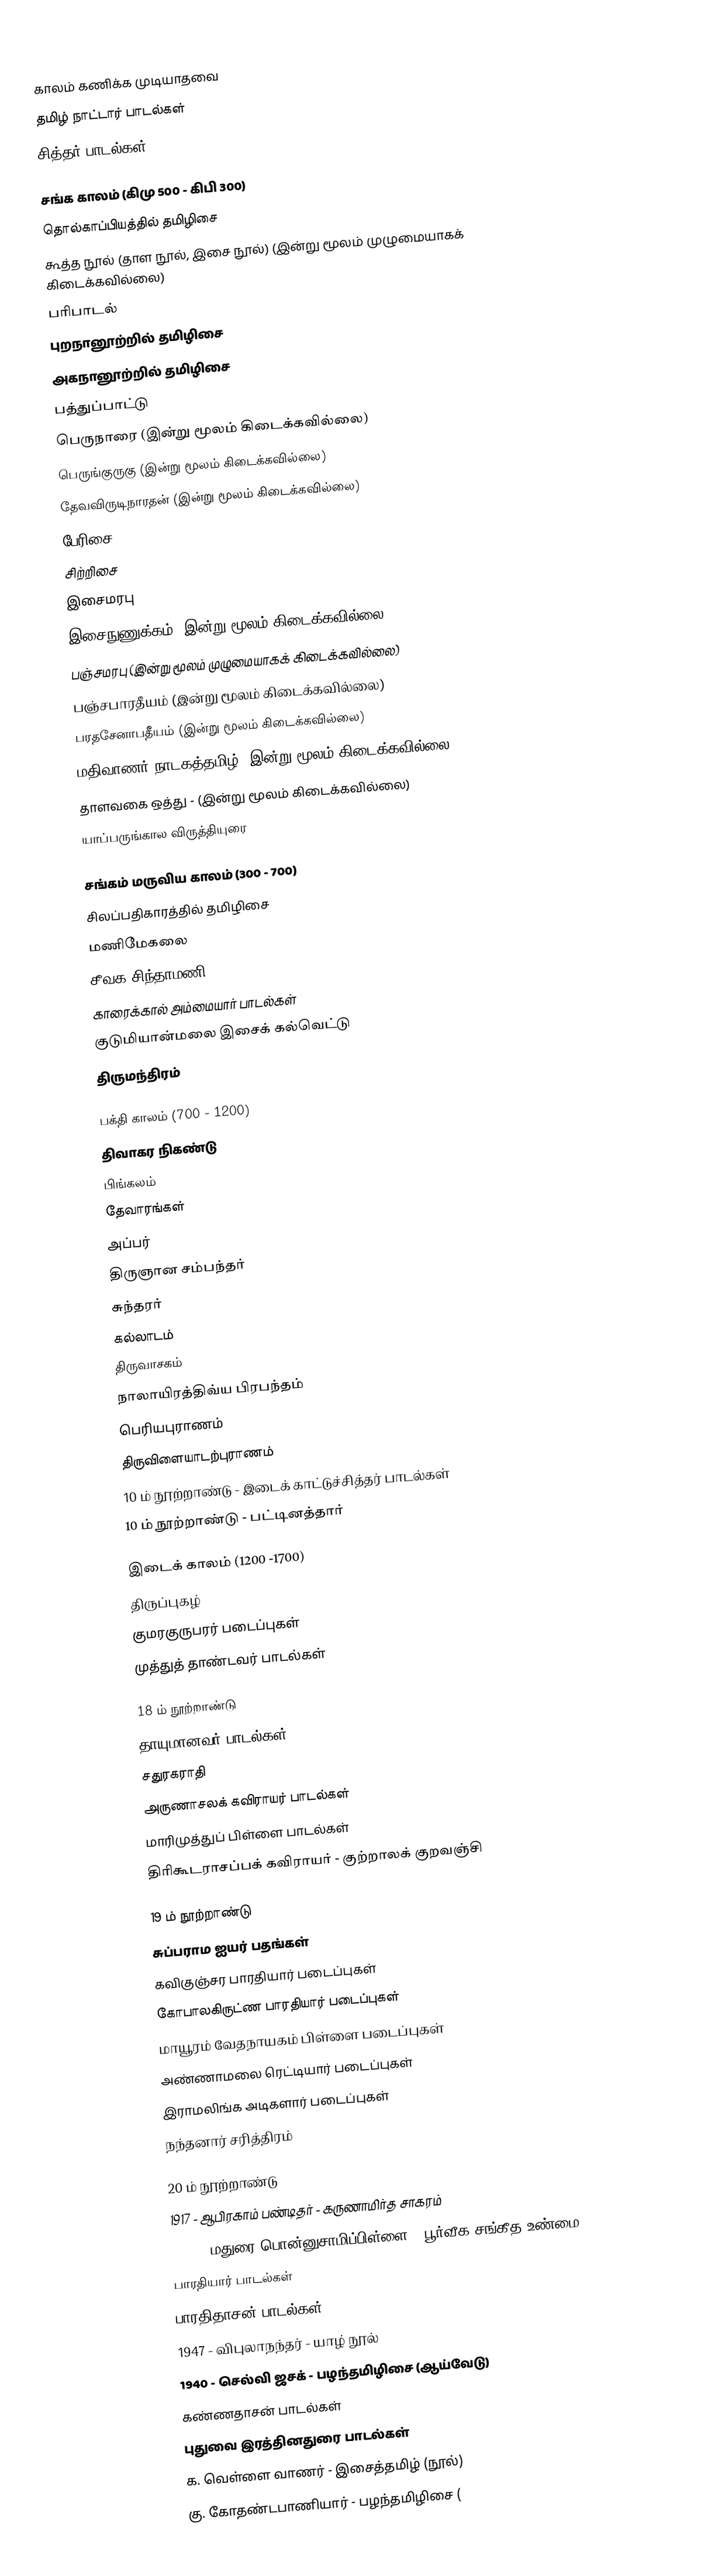

காலம் கணிக்க முடியாதவை
 தமிழ் நாட்டார் பாடல்கள்
 சித்தர் பாடல்கள்

சங்க காலம் (கிமு 500 - கிபி 300)
 தொல்காப்பியத்தில் தமிழிசை
 கூத்த நூல் (தாள நூல், இசை நூல்) (இன்று மூலம் முழுமையாகக் கிடைக்கவில்லை)
 பரிபாடல்
 புறநானூற்றில் தமிழிசை
 அகநானூற்றில் தமிழிசை
 பத்துப்பாட்டு
 பெருநாரை (இன்று மூலம் கிடைக்கவில்லை)
 பெருங்குருகு (இன்று மூலம் கிடைக்கவில்லை)
 தேவவிருடிநாரதன் (இன்று மூலம் கிடைக்கவில்லை)
 பேரிசை
 சிற்றிசை
 இசைமரபு
 இசைநுணுக்கம் (இன்று மூலம் கிடைக்கவில்லை)
 பஞ்சமரபு (இன்று மூலம் முழுமையாகக் கிடைக்கவில்லை)
 பஞ்சபாரதீயம் (இன்று மூலம் கிடைக்கவில்லை)
 பரதசேனாபதீயம் (இன்று மூலம் கிடைக்கவில்லை)
 மதிவாணர் நாடகத்தமிழ் (இன்று மூலம் கிடைக்கவில்லை)
 தாளவகை ஒத்து - (இன்று மூலம் கிடைக்கவில்லை)
 யாப்பருங்கால விருத்தியுரை

சங்கம் மருவிய காலம் (300 - 700)
 சிலப்பதிகாரத்தில் தமிழிசை
 மணிமேகலை
 சீவக சிந்தாமணி
 காரைக்கால் அம்மையார் பாடல்கள்
 குடுமியான்மலை இசைக் கல்வெட்டு
 திருமந்திரம்

பக்தி காலம் (700 - 1200)
 திவாகர நிகண்டு
 பிங்கலம்
 தேவாரங்கள்
 அப்பர்
 திருஞான சம்பந்தர்
 சுந்தரர்
 கல்லாடம்
 திருவாசகம்
 நாலாயிரத்திவ்ய பிரபந்தம்
 பெரியபுராணம்
 திருவிளையாடற்புராணம்
 10 ம் நூற்றாண்டு - இடைக் காட்டுச்சித்தர் பாடல்கள்
 10 ம் நூற்றாண்டு - பட்டினத்தார்

இடைக் காலம் (1200 -1700)
 திருப்புகழ்
 குமரகுருபரர் படைப்புகள்
 முத்துத் தாண்டவர் பாடல்கள்

18 ம் நூற்றாண்டு
 தாயுமானவர் பாடல்கள்
 சதுரகராதி
 அருணாசலக் கவிராயர் பாடல்கள்
 மாரிமுத்துப் பிள்ளை பாடல்கள்
 திரிகூடராசப்பக் கவிராயர் - குற்றாலக் குறவஞ்சி

19 ம் நூற்றாண்டு
 சுப்பராம ஐயர் பதங்கள்
 கவிகுஞ்சர பாரதியார் படைப்புகள்
 கோபாலகிருட்ண பாரதியார் படைப்புகள்
 மாயூரம் வேதநாயகம் பிள்ளை படைப்புகள்
 அண்ணாமலை ரெட்டியார் படைப்புகள்
 இராமலிங்க அடிகளார் படைப்புகள்
 நந்தனார் சரித்திரம்

20 ம் நூற்றாண்டு
 1917 - ஆபிரகாம் பண்டிதர் - கருணாமிர்த சாகரம்
 1930 - மதுரை பொன்னுசாமிப்பிள்ளை - பூர்வீக சங்கீத உண்மை
 பாரதியார் பாடல்கள்
 பாரதிதாசன் பாடல்கள்
 1947 - விபுலாநந்தர் - யாழ் நூல்
 1940 - செல்வி ஜசக் - பழந்தமிழிசை (ஆய்வேடு)
 கண்ணதாசன் பாடல்கள்
 புதுவை இரத்தினதுரை பாடல்கள்
 க. வெள்ளை வாணர் - இசைத்தமிழ் (நூல்)
 கு. கோதண்டபாணியார் - பழந்தமிழிசை (